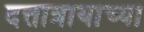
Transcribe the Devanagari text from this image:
दत्तात्रायांच्या